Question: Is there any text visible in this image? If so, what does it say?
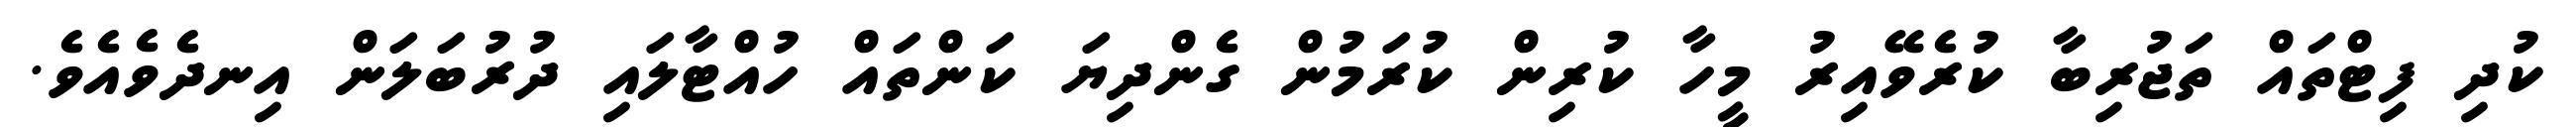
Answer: ކުދި ފިޓްތައް ތަޖުރިބާ ކުރެވޭއިރު މީހާ ކުރިން ކުރަމުން ގެންދިޔަ ކަންތައް ހުއްޓާލައި ދުރުބަލަން އިނދެވެއެވެ.